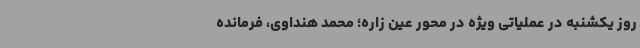
روز یکشنبه در عملیاتی ویژه در محور عین زاره؛ محمد هنداوی، فرمانده